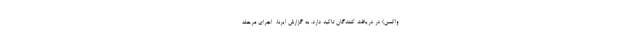
واکسن) در دریافت کنندگان تاکید دارد. به گزارش ایرنا، ‌ اجرای مرحله